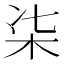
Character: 㭍